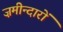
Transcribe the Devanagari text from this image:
ज़मीन्दारों